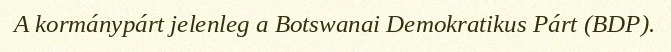
A kormánypárt jelenleg a Botswanai Demokratikus Párt (BDP).